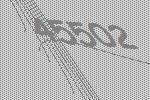
45502